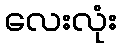
လေးလုံး